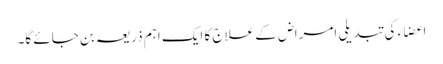
اعضاء کی تبدیلی امراض کے علاج کا ایک اہم ذریعہ بن جائے گا۔